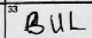
Transcription: BUL